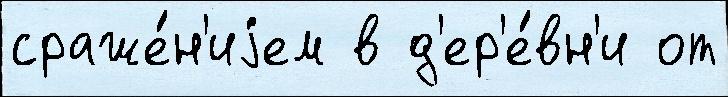
сраже́н'иjем в д'ер'е́вн'и от